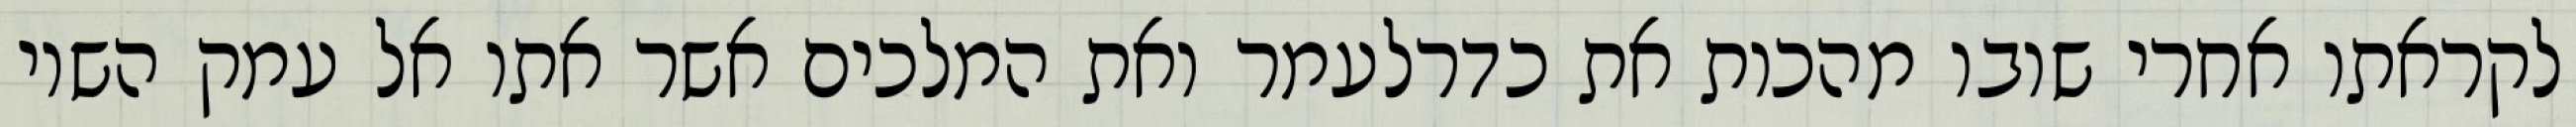
לקראתו אחרי שובו מהכות את כדרלעמר ואת המלכים אשר אתו אל עמק השוי